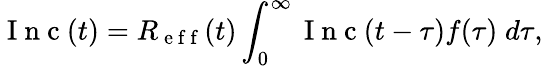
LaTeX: \mathrm{~I~n~c~}(t)=R_{\mathrm{~e~f~f~}}(t)\int_{0}^{\infty}\mathrm{~I~n~c~}(t-\tau)f(\tau)\; d\tau,